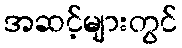
အဆင့်များတွင်